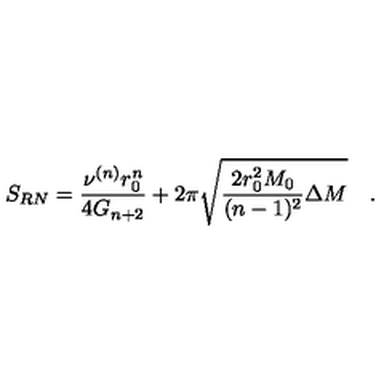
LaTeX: S _ { R N } = \frac { \nu ^ { ( n ) } r _ { 0 } ^ { n } } { 4 G _ { n + 2 } } + 2 \pi \sqrt { \frac { 2 r _ { 0 } ^ { 2 } M _ { 0 } } { ( n - 1 ) ^ { 2 } } \Delta M } \quad .